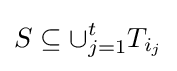
S\subseteq \cup _{j=1}^{t}T_{i_{j}}